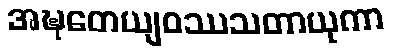
အဍ္ဎတေယျဝဿသတာယုကာ